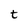
Character: t